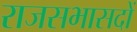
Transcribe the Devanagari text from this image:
राजसभासदों